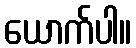
ယောက်ပါ။